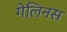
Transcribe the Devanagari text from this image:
गेलिनस